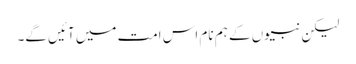
لیکن نبیوں کے ہم نام اس امت میں آئیں گے۔